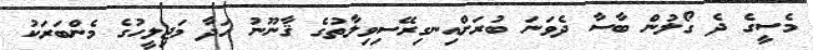
މެސީގެ ދެ ގޯލުން ބާސާ ދެވަނަ ބުރަށްއިނގިރޭސިވިލާތުގެ ޤާނޫނު ހަދާ މަޖިލީހުގެ މެންބަރަކު